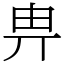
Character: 畁